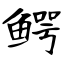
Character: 鳄